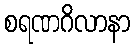
စရဏဂိလာနာ